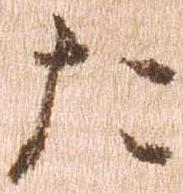
た